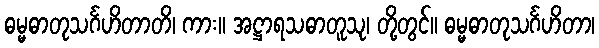
ဓမ္မဓာတုသင်္ဂဟိတာတိ၊ ကား။ အဋ္ဌာရသဓာတူသု၊ တို့တွင်။ ဓမ္မဓာတုသင်္ဂဟိတာ၊